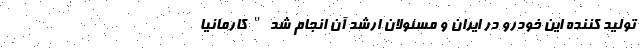
تولید کننده این خودرو در ایران و مسئولان ارشد آن انجام شد"کارمانیا